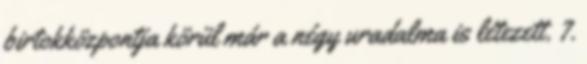
birtokközpontja körül már a négy uradalma is létezett. 7.